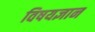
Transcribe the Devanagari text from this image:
विषयज्ञान